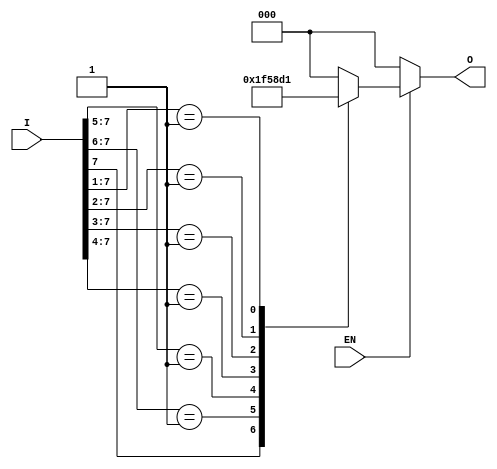
module multilevel_encoder (
    input wire [7:0] I,  // 8 input lines (I0 to I7)
    input wire EN,       // Enable signal
    output reg [2:0] O   // 3 output lines (O0 to O2)
);

    always @(*) begin
        if (!EN) begin
            O = 3'b000; // If EN is low, output is zero
        end else begin
            casez (I) // Use casez to handle don't care conditions
                8'b1???????: O = 3'b111; // I7 is active
                8'b01??????: O = 3'b110; // I6 is active
                8'b001?????: O = 3'b101; // I5 is active
                8'b0001????: O = 3'b100; // I4 is active
                8'b00001???: O = 3'b011; // I3 is active
                8'b000001??: O = 3'b010; // I2 is active
                8'b0000001?: O = 3'b001; // I1 is active
                8'b00000001: O = 3'b000; // I0 is active
                default: O = 3'b000; // Default case (no active input)
            endcase
        end
    end

endmodule